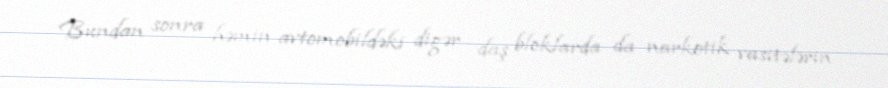
Bundan sonra həmin avtomobildəki digər daş bloklarda da narkotik vasitələrin